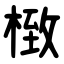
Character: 㮹